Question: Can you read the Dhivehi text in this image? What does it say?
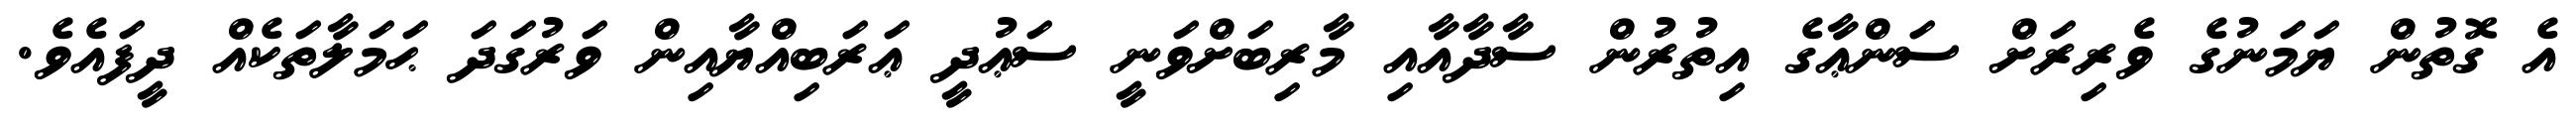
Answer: އެ ގޮތުން ޔަމަނުގެ ވެރިރަށް ސަންޢާގެ އިތުރުން ސާދާއާއި މާރިބަށްވަނީ ސަޢުދީ ޢަރަބިއްޔާއިން ވަރުގަދަ ޙަމަލާތަކެއް ދީފައެވެ.